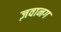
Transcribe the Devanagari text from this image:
ज़वानग